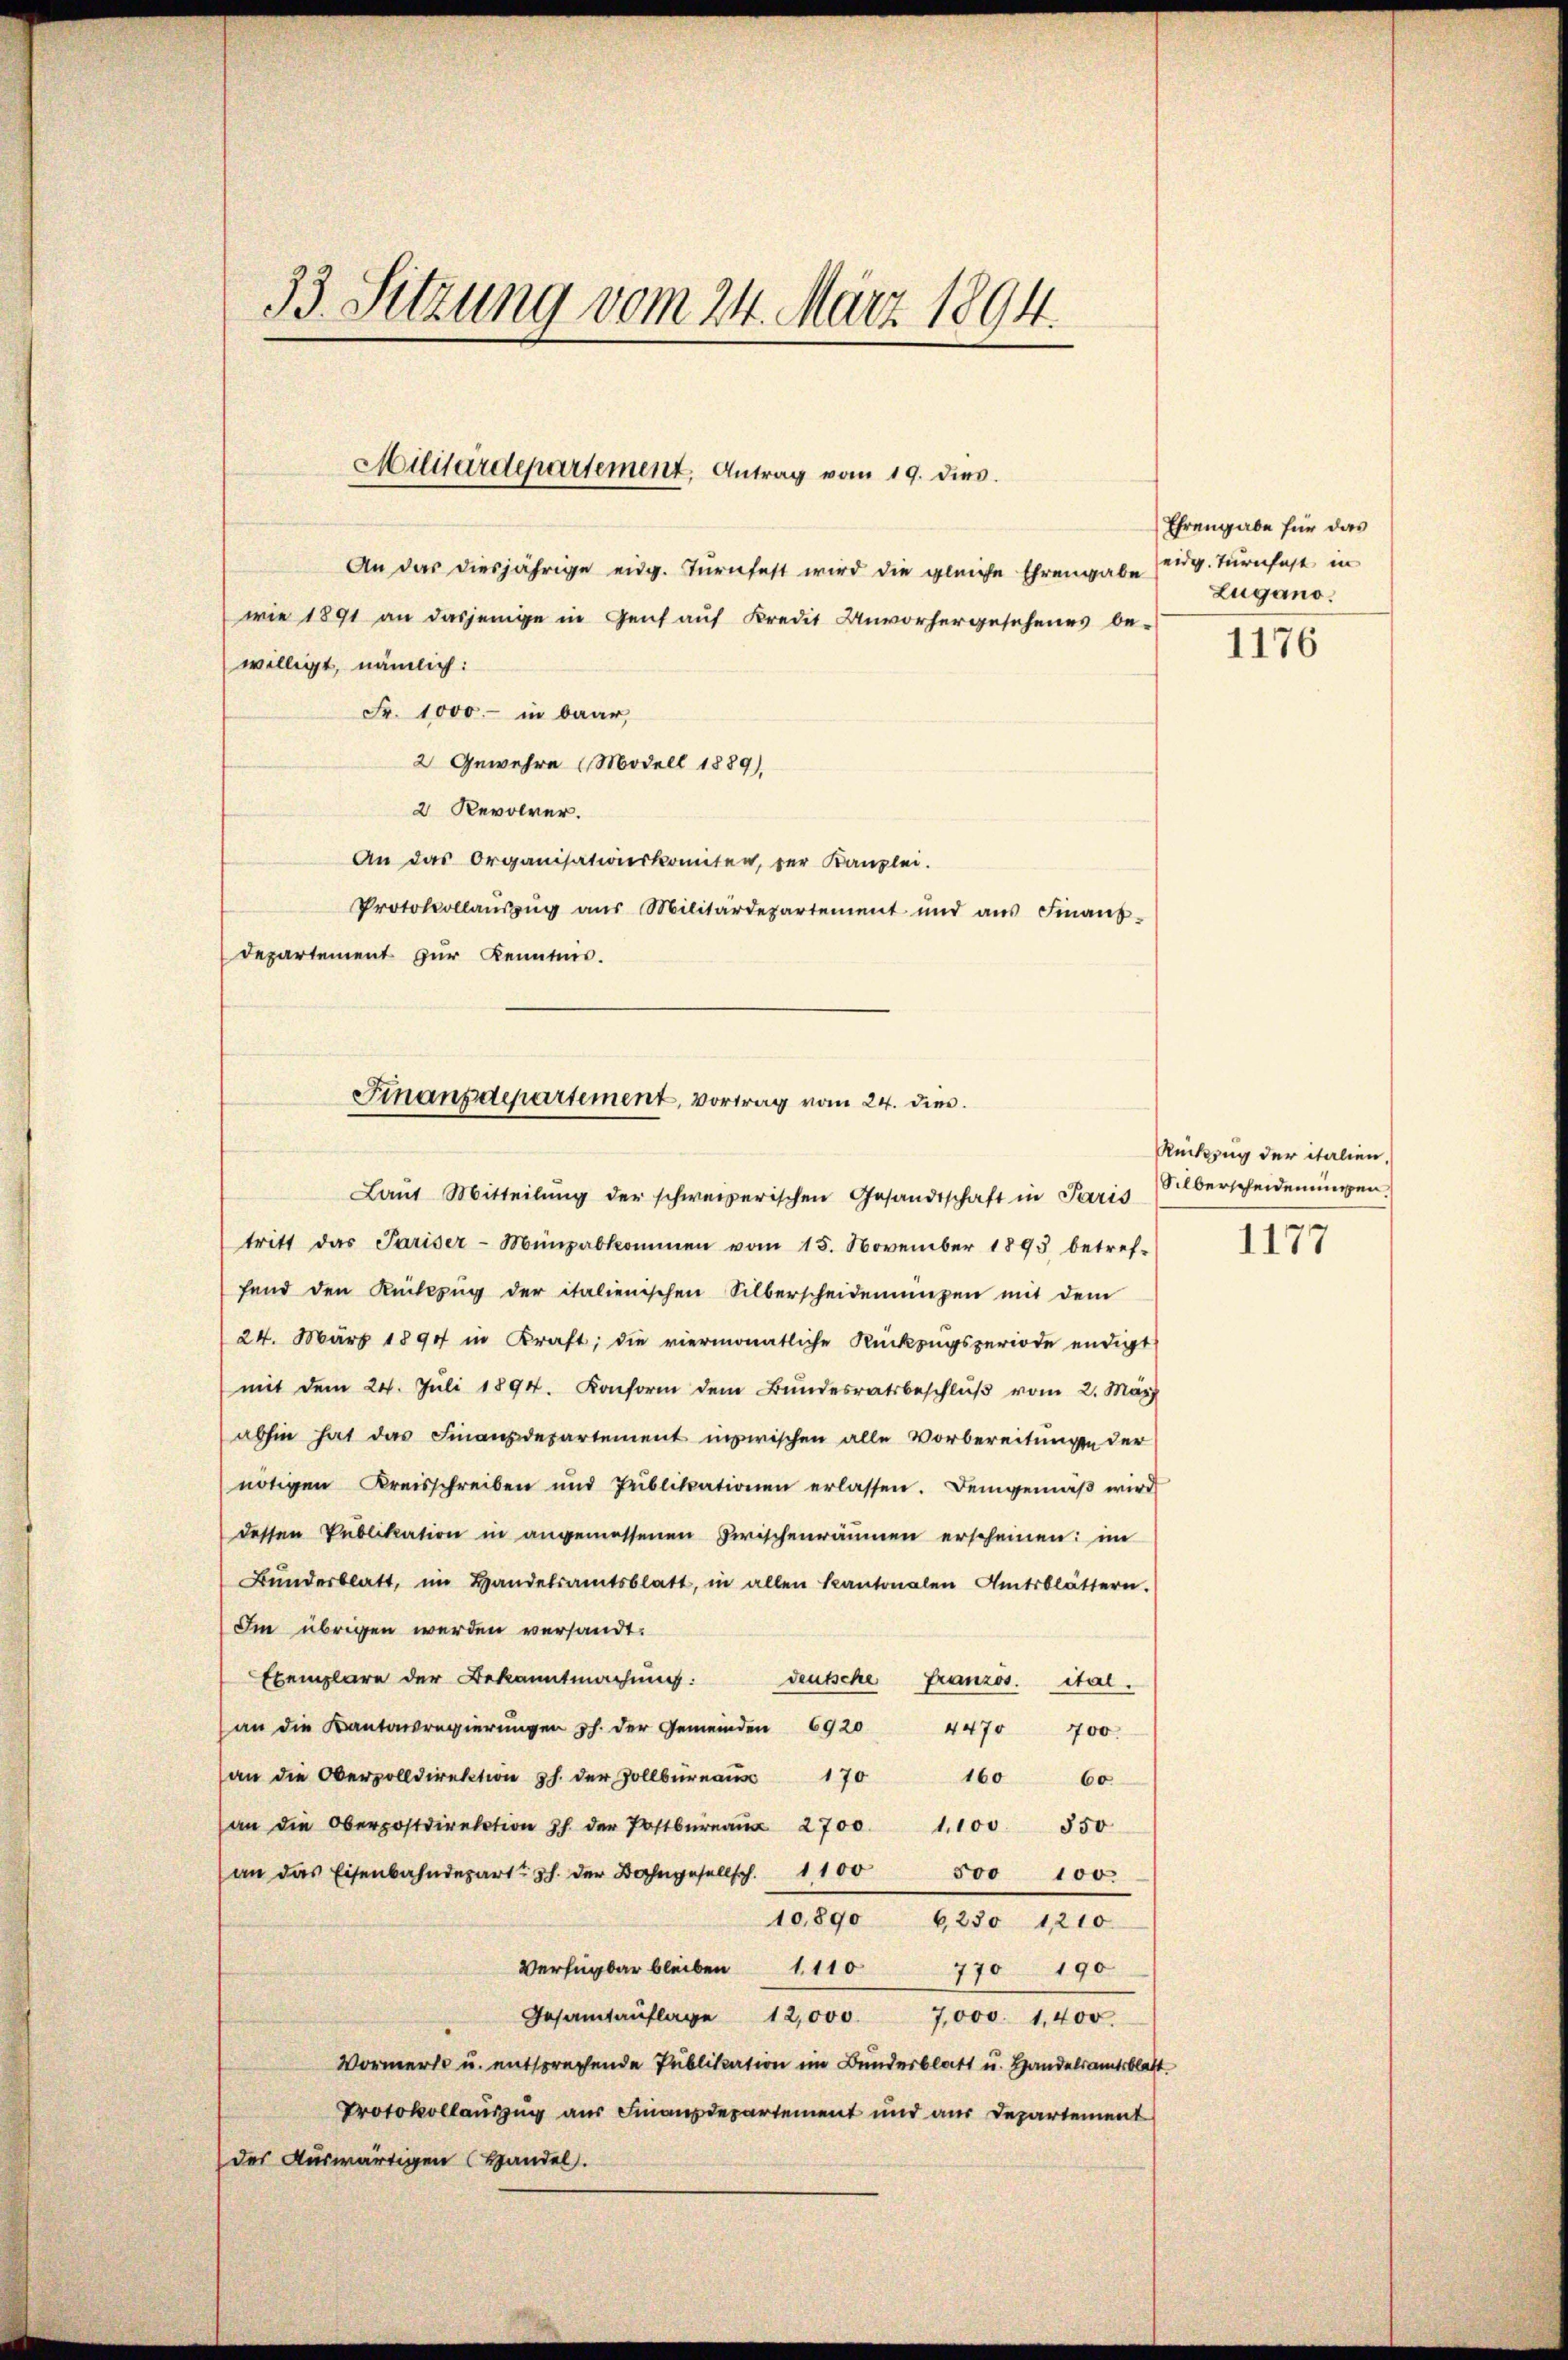
33. Sitzung vom 24. März 1894.

willigt, nämlich:

Militärdepartement, Antrag vom 19. dies

An das diesjährige eidg. Turnfest wird die gleiche Ehrengabe eng. Turnfest in
wie 1891 an dasjenige in Genf auf Kredit Unvorhergesehenes be-
2 Gewehre (Modell 1889),
2 Revolver.
An das Organisationskomiten, der Kanzlei.
Protokollaŭszŭg aŭs Militärdepartement und aŭs Finanz-
Departement zur Kenntnis.

Fr. 1000.- in baar,

Finanzdepartement, Vortrag vom 24. die
Laŭt Mitteilŭng der schweizerischen Gesandtschaft in Paris Silberscheidenŭngen.

tritt das Pariser-Münzabkommen vom 15. November 1893 betref-
fend den Kübezŭg der italienischen Silberscheidenŭngen mit dem
24. März 1894 in Kraft; die viermonatliche Rückzugsperiode endigt
mit dem 24. Jŭli 1894. Konform dem Bŭndesratsbeschlŭβ vom 2. März
abhin hat das Finanzdepartement inzwischen alle Vorbereitungen der
nötigen Kreisschreiben und Publikationen erlassen. Demgemäβ wird
dessen Publikation in angemessenen Zwischenräumen erscheinen: im
Bŭndesblatt, im Handelsamtsblatt, in allen Kantonalen Amtsblättern.
Im übrigen werden versandt.
Exemplare der Bekanntmachung:
deutsche Französ. ital.
an die Kantonsregierungen h. der Gemeinden 6920
4470 700.
an die Obervolldirektion h. der Zollbüreaus 170
160 60
(an die Oberpostdirektion J. der Postbüreaŭ 2700. 1100. 350
an das Eisenbahndepart der Bahngesellsch. 1100 500 100.
10890 do. 1810.
Verfügbar bleiben 111 770 190
Gesamtaŭflage 12,000. 7000. 1400.
Vormerte u. entsprechende Publikation im Bundesblatt u. Handelsamtsblatt
Protokollauszug aus Finanzdepartement und aus Departement
des Auswärtigen Handel.

Ehrengabe für das
Lugano.

1176

Rückzug der italien,

1177